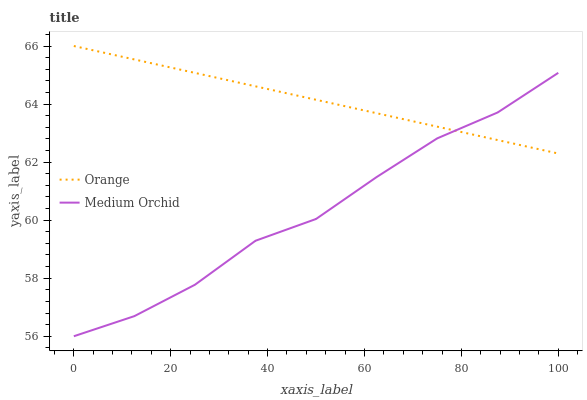
| xaxis_label | Orange | Medium Orchid |
 | --- | --- | --- |
 | 0 | 66 | 56 |
 | 12.5 | 65.5 | 56.7 |
 | 25 | 65.1 | 57.8 |
 | 37.5 | 64.6 | 59.3 |
 | 50 | 64.1 | 60 |
 | 62.5 | 63.7 | 61.5 |
 | 75 | 63.2 | 62.8 |
 | 87.5 | 62.8 | 63.7 |
 | 100 | 62.3 | 65.1 |